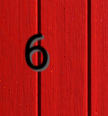
6